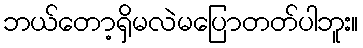
ဘယ်တော့ရှိမလဲမပြောတတ်ပါဘူး။